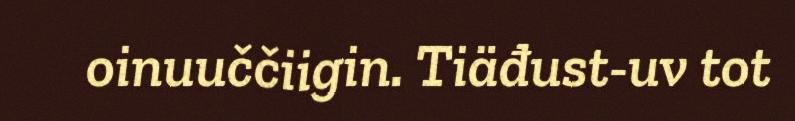
oinuuččiigin. Tiäđust-uv tot